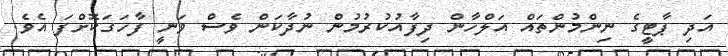
އަދި ޕާޓީގެ ނިންމުންތައް އަލްހާން ދިފާއުކުރުމުން ނުދާކަން ވެސް ވަނީ ފާހަގަކޮށްފަ އެވެ.